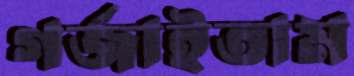
গর্‌জাইতাম